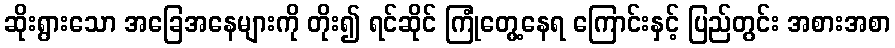
ဆိုးရွားသော အခြေအနေများကို တိုး၍ ရင်ဆိုင် ကြုံတွေ့နေရ ကြောင်းနှင့် ပြည်တွင်း အစားအစာ